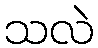
သလဲ